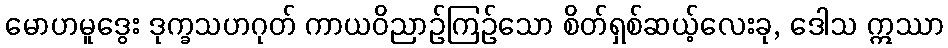
မောဟမူဒွေး ဒုက္ခသဟဂုတ် ကာယဝိညာဉ်ကြဉ်သော စိတ်ရှစ်ဆယ့်လေးခု, ဒေါသ ဣဿာ